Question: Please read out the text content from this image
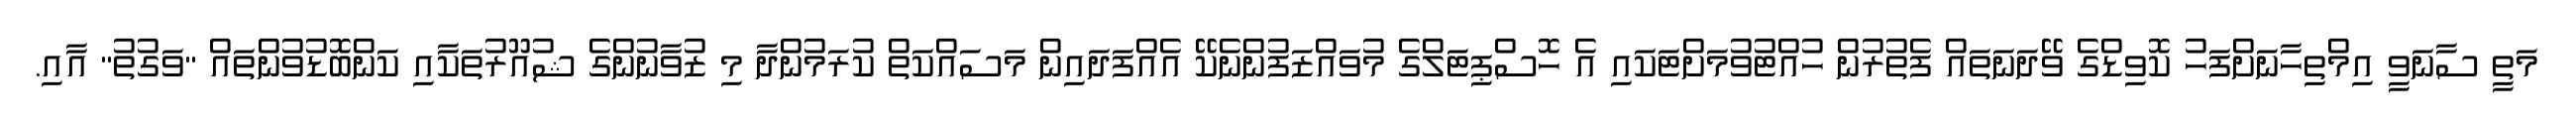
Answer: މަތީ ސާނަވީ އިމްތިހާނަށްފަހު ކޮވިޑްގެ ވޭދަނަތައް ފެތުރުން ހުއްޓުވުމަށްޓަކައި އެ ހޮސްޕިޓަލްގެ މުވައްޒަފުންނެކޭ އެއްފަދައިން މަސައްކަތް ކުރަމުންދާ މި ޒުވާނުންގެ ޝުއޫރުތަކާއި ކަންބޮޑުވުންތައް "ވަގުތު" އާއި.